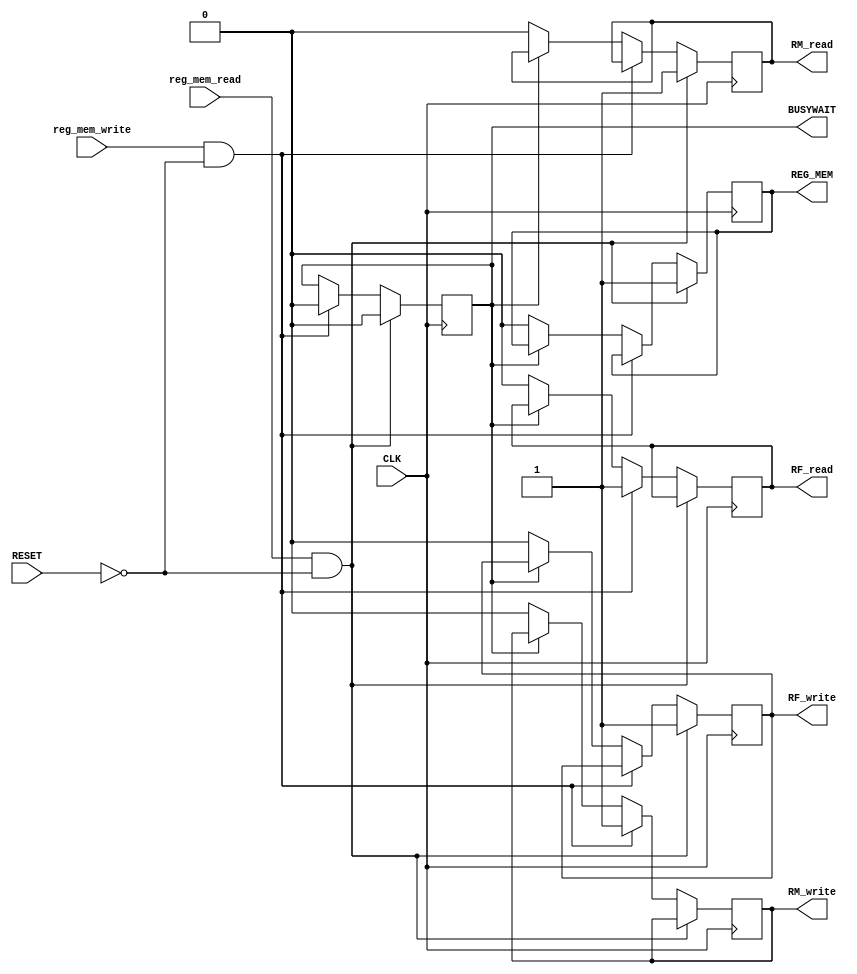
/////////////////////////////////////////////
// Advanced Computer Architecture (CO502)  //
// Design : Register Memory Controller     // 
// Group  : 2                              //
/////////////////////////////////////////////

`timescale  1ns/100ps

// Module for Register memory
module reg_mem_controller(reg_mem_read, reg_mem_write, RF_write, RF_read, RM_write, RM_read, CLK, RESET, BUSYWAIT, REG_MEM);
    // Define the ports
	input reg_mem_read, reg_mem_write, CLK, RESET;                          // Input signals
    output reg RF_write, RF_read, RM_write, RM_read, BUSYWAIT, REG_MEM;     // Output signals

	always @(posedge CLK) 
    begin    
        if (reg_mem_read && !RESET) begin
            BUSYWAIT <= #1 1;
            REG_MEM <= #8 1;
            RM_read <= #10 1;
            RF_write <= #50 1;
            BUSYWAIT <= #50 0;
        end
        else if (reg_mem_write && !RESET) begin
            BUSYWAIT <= #1 1;
            RF_read <= #10 1;
            RM_write <= #50 1;
            BUSYWAIT <= #50 0;
        end 
        else begin
            if(!BUSYWAIT) begin
                RM_read <= #2 0;
                RF_write <= #2 0;
                RF_read <= #2 0;
                RM_write <= #2 0;
                REG_MEM <= #1 0;
            end
        end  
	end
   
endmodule